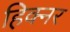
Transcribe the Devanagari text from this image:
हिक्नर